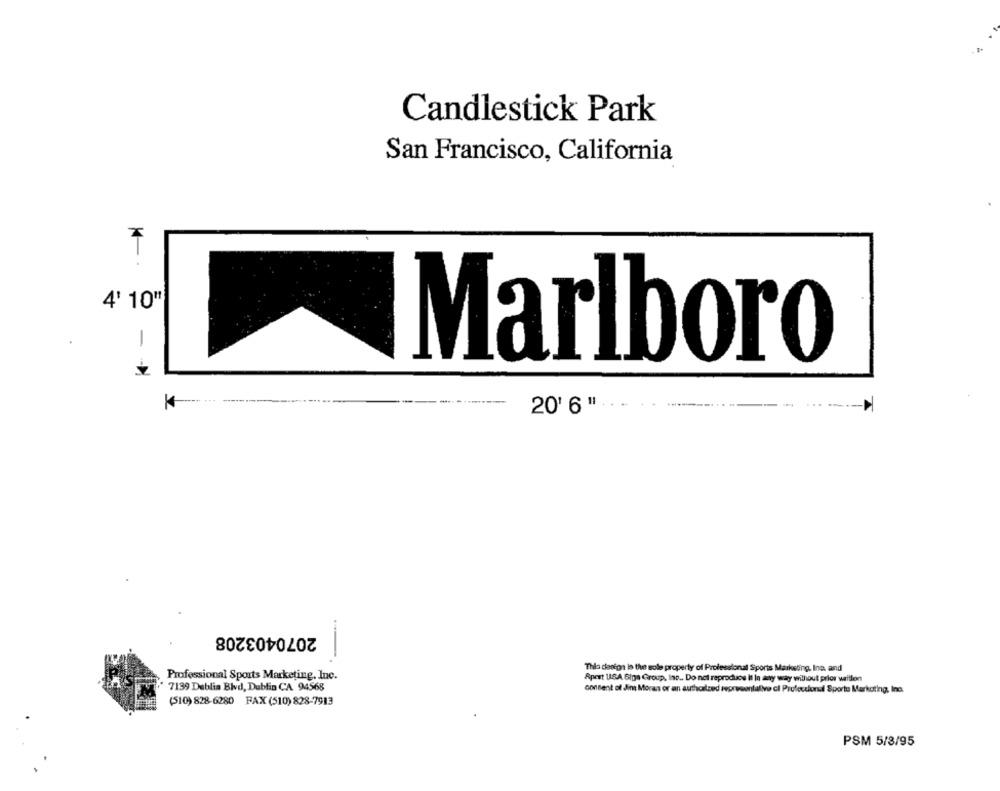
Candlestick Park
San Francisco, California
4' 10"
Marlboro
- --
20' 6 "
2070403208
"Thla dasiga la the sole property of Professional Sports Marketing, Ino, and
Professional Sports Marketing, Inc.
Apest USA Giga Group, Inc .. Do not reproduce It In any way without prior written
7139 Deblia Blvd, Dublin CA 94568
consent of Jint Moras or an authcalzed representalive cl Professional Sportu Markoting, Inc.
(510) 828-6280 FAX (510) 828-7913
PSM 5/3/95